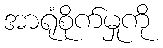
အာရုံစိုက်မှုကို